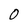
Character: 0